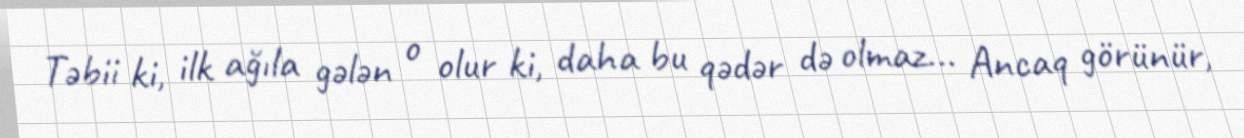
Təbii ki, ilk ağıla gələn o olur ki, daha bu qədər də olmaz... Ancaq görünür,